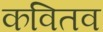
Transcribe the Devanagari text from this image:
कवितव